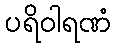
ပရိဝါရဏံ